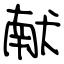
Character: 献